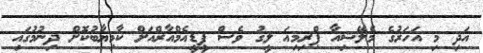
އަދި މި އަހަރުގެ މެލޭޝިއާ ޕްރިމިއަ ލީގު ވެސް ޕީޑީއެމްއާރްއަށް ކާމިޔާބުކޮށް ދިނުމުގައި